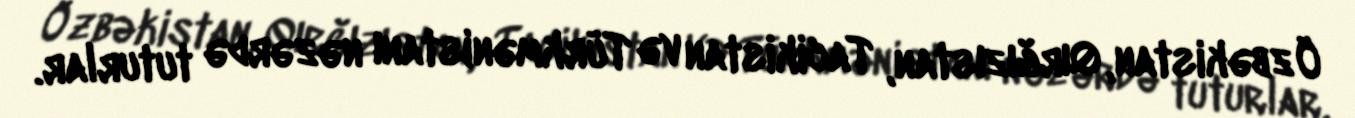
Özbəkistan, Qırğızıstan, Tacikistan və Türkmənistanı nəzərdə tuturlar.